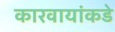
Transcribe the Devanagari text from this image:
कारवायांकडे